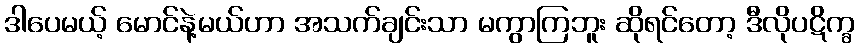
ဒါပေမယ့် မောင်နဲ့မယ်ဟာ အသက်ချင်းသာ မကွာကြဘူး ဆိုရင်တော့ ဒီလိုပဋိက္ခ